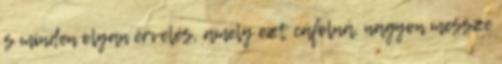
s minden olyan érvelés, amely ezt cáfolná, nagyon messze